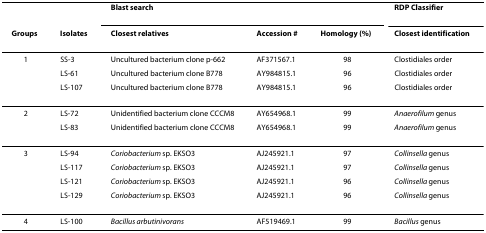
<table><thead><tr><td></td><td></td><td><b>Blast search </b></td><td></td><td></td><td><b>RDP Classifier </b></td></tr><tr><td><b>Groups </b></td><td><b>Isolates </b></td><td><b>Closest relatives </b></td><td><b>Accession # </b></td><td><b>Homology (%) </b></td><td><b>Closest identification </b></td></tr></thead><tbody><tr><td>1</td><td>SS-3</td><td>Uncultured bacterium clone p-662</td><td>AF371567.1</td><td>98</td><td>Clostidiales order</td></tr><tr><td></td><td>LS-61</td><td>Uncultured bacterium clone B778</td><td>AY984815.1</td><td>96</td><td>Clostidiales order</td></tr><tr><td></td><td>LS-107</td><td>Uncultured bacterium clone B778</td><td>AY984815.1</td><td>96</td><td>Clostidiales order</td></tr><tr><td>2</td><td>LS-72</td><td>Unidentified bacterium clone CCCM8</td><td>AY654968.1</td><td>99</td><td><i>Anaerofilum </i>genus</td></tr><tr><td></td><td>LS-83</td><td>Unidentified bacterium clone CCCM8</td><td>AY654968.1</td><td>99</td><td><i>Anaerofilum </i>genus</td></tr><tr><td>3</td><td>LS-94</td><td><i>Coriobacterium </i>sp. EKSO3</td><td>AJ245921.1</td><td>97</td><td><i>Collinsella </i>genus</td></tr><tr><td></td><td>LS-117</td><td><i>Coriobacterium </i>sp. EKSO3</td><td>AJ245921.1</td><td>97</td><td><i>Collinsella </i>genus</td></tr><tr><td></td><td>LS-121</td><td><i>Coriobacterium </i>sp. EKSO3</td><td>AJ245921.1</td><td>96</td><td><i>Collinsella </i>genus</td></tr><tr><td></td><td>LS-129</td><td><i>Coriobacterium </i>sp. EKSO3</td><td>AJ245921.1</td><td>96</td><td><i>Collinsella </i>genus</td></tr><tr><td>4</td><td>LS-100</td><td><i>Bacillus arbutinivorans</i></td><td>AF519469.1</td><td>99</td><td><i>Bacillus </i>genus</td></tr></tbody></table>